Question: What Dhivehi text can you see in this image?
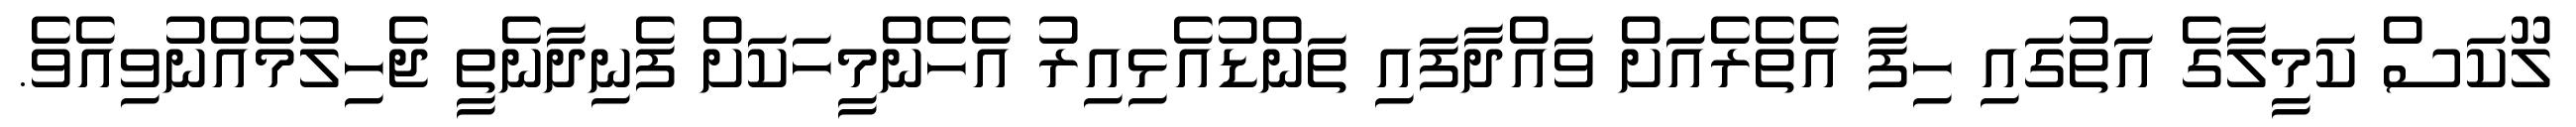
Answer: ލޫކަސް ކަމީލާގެ އަތުގައި ހިފާ އެތެރެއަށް ވައްދާފައި ތަންޑުއެޅިއިރު އެހެންމީހަކަށް ފެނިދާނެތީ ޖެހިލުމެއްނުވިއެވެ.